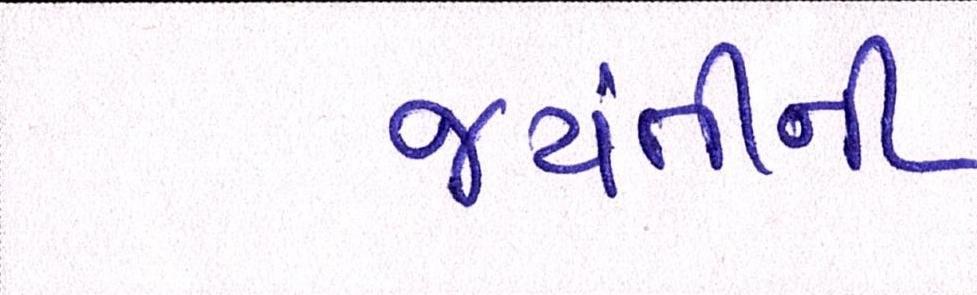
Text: જયંતીની